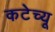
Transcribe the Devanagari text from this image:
कटेच्यू